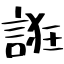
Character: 誑